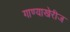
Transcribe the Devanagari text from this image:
गाण्याखेरीज